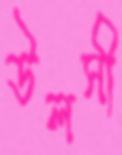
উলসী